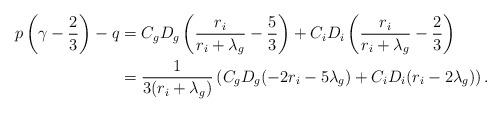
LaTeX: \begin{align*}p\left(\gamma -\frac23\right)-q&=C_gD_g\left(\frac{r_i}{r_i+\lambda_g}-\frac53\right)+C_iD_i\left(\frac{r_i}{r_i+\lambda_g}-\frac23\right)\\&=\frac{1}{3(r_i+\lambda_g)}\left(C_gD_g(-2r_i-5\lambda_g)+C_iD_i(r_i-2\lambda_g) \right).\end{align*}